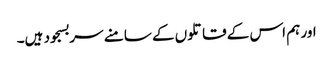
اور ہم اس کے قاتلوں کے سامنے سربسجود ہیں۔